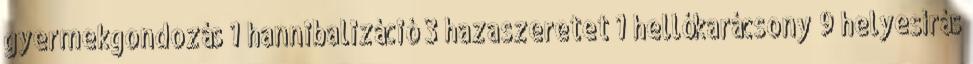
gyermekgondozás 1 hannibalizáció 3 hazaszeretet 1 hellókarácsony 9 helyesírás